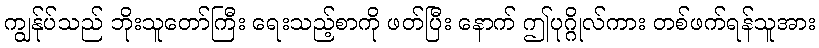
ကျွန်ုပ်သည် ဘိုးသူတော်ကြီး ရေးသည့်စာကို ဖတ်ပြီး နောက် ဤပုဂ္ဂိုလ်ကား တစ်ဖက်ရန်သူအား